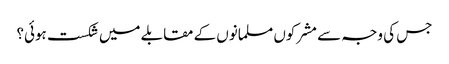
جس کی وجہ سے مشرکوں مسلمانوں کے مقابلے میں شکست ہوئی؟